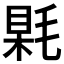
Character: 𣮰